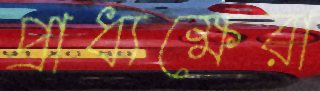
প্রাধ্যক্ষেরা